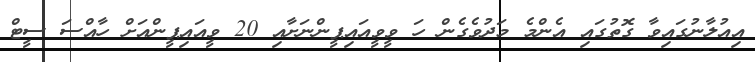
އިއުލާނުގައިވާ ގޮތުގައި އެންމެ މަދުވެގެން ހަ ވީވީއައިޕީންނަށާއި 20 ވީއައިޕީންއަށް ހާއްސަ ސީޓް